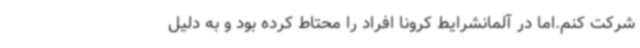
شرکت کنم.اما در آلمانشرایط کرونا افراد را محتاط کرده بود و به دلیل